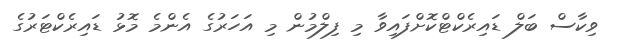
ވިކާސް ބަލް ޑައިރެކްޓްކޮށްފައިވާ މި ފިލްމުން މި އަހަރުގެ އެންމެ މޮޅު ޑައިރެކްޓަރުގެ